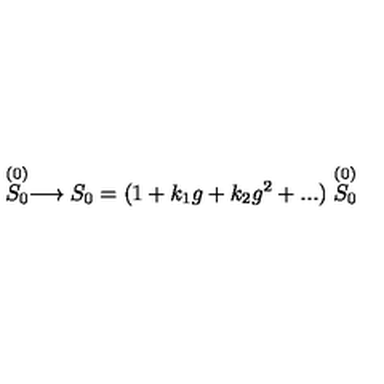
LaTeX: \stackrel { ( 0 ) } { S _ { 0 } } \longrightarrow S _ { 0 } = ( 1 + k _ { 1 } g + k _ { 2 } g ^ { 2 } + . . . ) \stackrel { ( 0 ) } { S _ { 0 } }